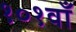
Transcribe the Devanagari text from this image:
१०१वाँ